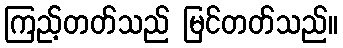
ကြည့်တတ်သည် မြင်တတ်သည်။